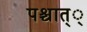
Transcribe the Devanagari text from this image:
पश्चात््